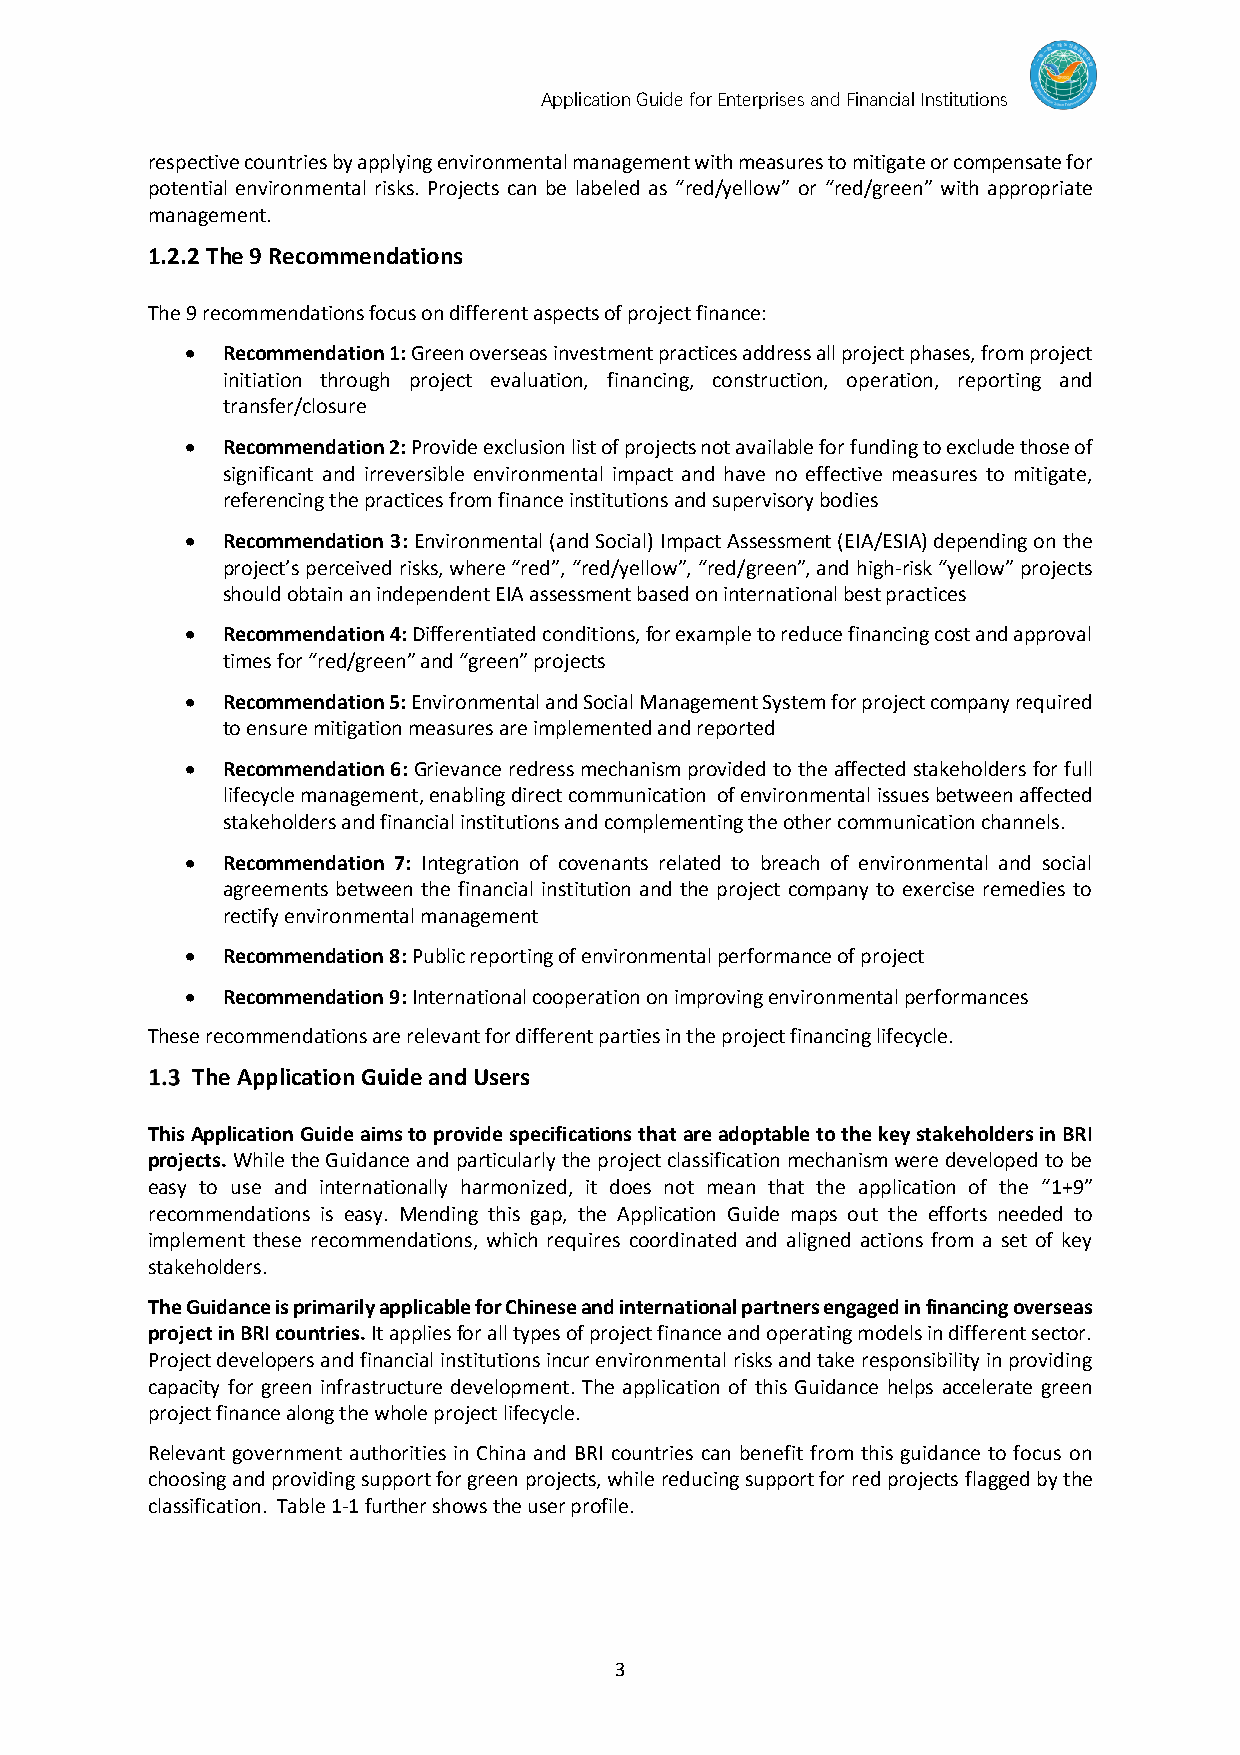
Application Guide for Enterprises and Financial Institutions
 respective countries by applying environmental management with measures to mitigate or compensate for
 potential environmental risks. Projects can be labeled as “red/yellow” or “red/green” with appropriate
 management.
 1.2.2 The 9 Recommendations
 The 9 recommendations focus on different aspects of project finance:
 •  Recommendation 1: Green overseas investment practices address all project phases, from project
 initiation through project evaluation, financing, construction, operation, reporting and
 transfer/closure
 •  Recommendation 2: Provide exclusion list of projects not available for funding to exclude those of
 significant and irreversible environmental impact and have no effective measures to mitigate,
 referencing the practices from finance institutions and supervisory bodies
 •  Recommendation 3: Environmental (and Social) Impact Assessment (EIA/ESIA) depending on the
 project’s perceived risks, where “red”, “red/yellow”, “red/green”, and high-risk “yellow” projects
 should obtain an independent EIA assessment based on international best practices
 •  Recommendation 4: Differentiated conditions, for example to reduce financing cost and approval
 times for “red/green” and “green” projects
 •  Recommendation 5: Environmental and Social Management System for project company required
 to ensure mitigation measures are implemented and reported
 •  Recommendation 6: Grievance redress mechanism provided to the affected stakeholders for full
 lifecycle management, enabling direct communication of environmental issues between affected
 stakeholders and financial institutions and complementing the other communication channels.
 •  Recommendation 7: Integration of covenants related to breach of environmental and social
 agreements between the financial institution and the project company to exercise remedies to
 rectify environmental management
 •  Recommendation 8: Public reporting of environmental performance of project
 •  Recommendation 9: International cooperation on improving environmental performances
 These recommendations are relevant for different parties in the project financing lifecycle.
 The Application Guide and Users
 This Application Guide aims to provide specifications that are adoptable to the key stakeholders in BRI
 projects. While the Guidance and particularly the project classification mechanism were developed to be
 easy to use and internationally harmonized, it does not mean that the application of the “1+9”
 recommendations is easy. Mending this gap, the Application Guide maps out the efforts needed to
 implement these recommendations, which requires coordinated and aligned actions from a set of key
 stakeholders.
 The Guidance is primarily applicable for Chinese and international partners engaged in financing overseas
 project in BRI countries. It applies for all types of project finance and operating models in different sector.
 Project developers and financial institutions incur environmental risks and take responsibility in providing
 capacity for green infrastructure development. The application of this Guidance helps accelerate green
 project finance along the whole project lifecycle.
 Relevant government authorities in China and BRI countries can benefit from this guidance to focus on
 choosing and providing support for green projects, while reducing support for red projects flagged by the
 classification. Table 1-1 further shows the user profile.
 3